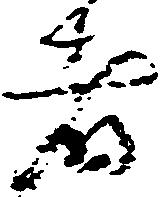
者